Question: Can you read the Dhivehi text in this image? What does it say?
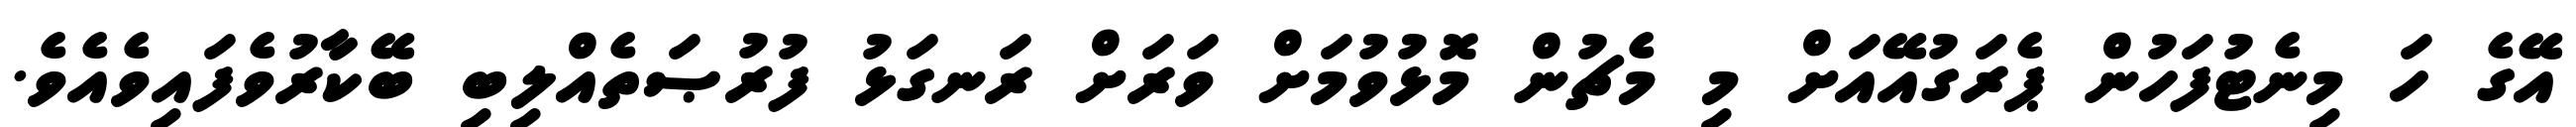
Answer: އޭގެ ހަ މިނެޓުފަހުން ޕެރަގުއޭއަށް މި މެޗުން މޮޅުވުމަށް ވަރަށް ރަނގަޅު ފުރުޞަތެއްލިބި ބޭކާރުވެފައިވެއެވެ.